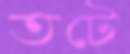
তটে